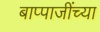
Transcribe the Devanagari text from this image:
बाप्पाजींच्या